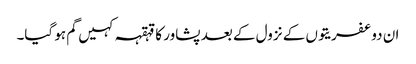
ان دو عفریتوں کے نزول کے بعد پشاور کا قہقہہ کہیں گم ہو گیا۔